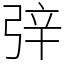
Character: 㢹